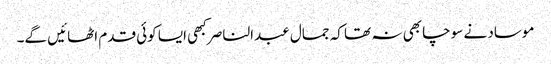
موساد نے سوچا بھی نہ تھا کہ جمال عبدالناصر کبھی ایسا کوئی قدم اٹھائیں گے۔